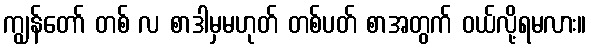
ကျွန်တော် တစ် လ စာဒါမှမဟုတ် တစ်ပတ် စာအတွက် ဝယ်လို့ရမလား။